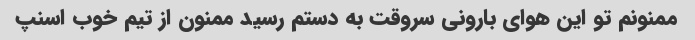
ممنونم تو این هوای بارونی سروقت به دستم رسید ممنون از تیم خوب اسنپ